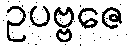
ဥပဗ္ဗဇေ